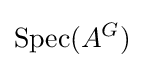
\operatorname {Spec} (A^{G})